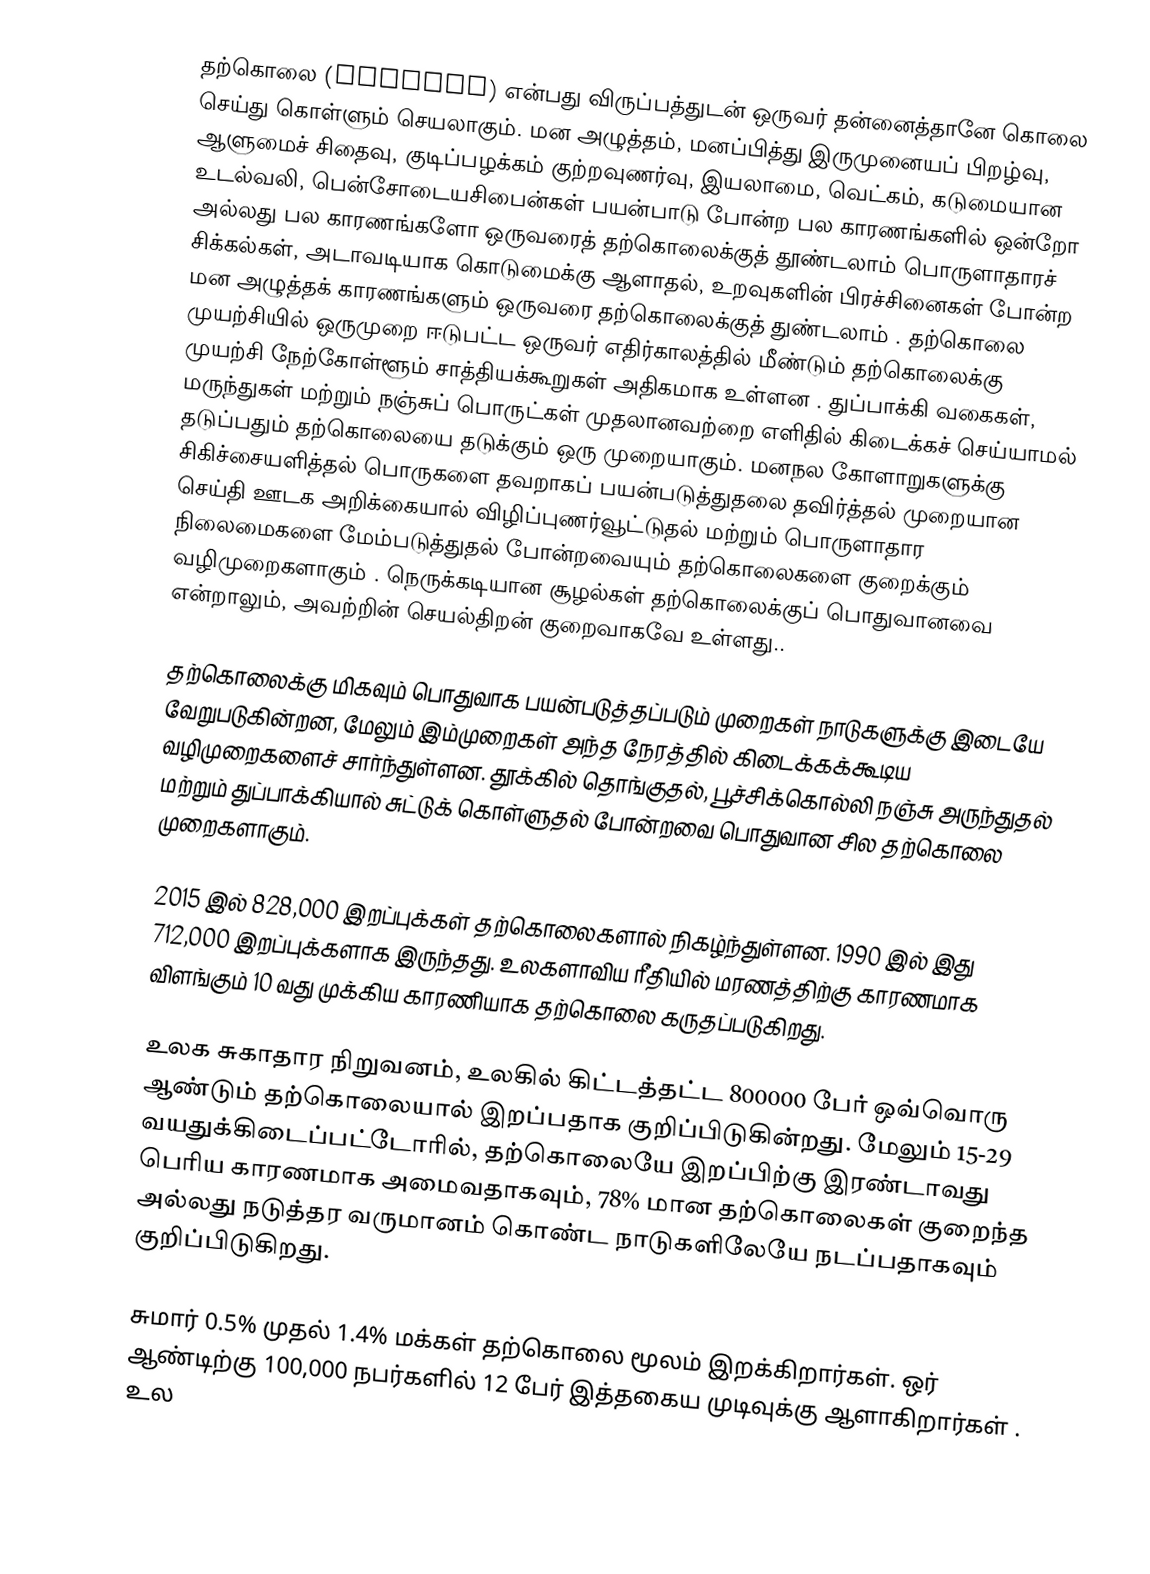
தற்கொலை (suicide) என்பது விருப்பத்துடன் ஒருவர் தன்னைத்தானே கொலை செய்து கொள்ளும் செயலாகும். மன அழுத்தம், மனப்பித்து இருமுனையப் பிறழ்வு, ஆளுமைச் சிதைவு, குடிப்பழக்கம் குற்றவுணர்வு, இயலாமை, வெட்கம், கடுமையான உடல்வலி, பென்சோடையசிபைன்கள் பயன்பாடு போன்ற பல காரணங்களில் ஒன்றோ அல்லது பல காரணங்களோ ஒருவரைத் தற்கொலைக்குத் தூண்டலாம்  பொருளாதாரச் சிக்கல்கள், அடாவடியாக கொடுமைக்கு ஆளாதல், உறவுகளின் பிரச்சினைகள் போன்ற மன அழுத்தக் காரணங்களும் ஒருவரை தற்கொலைக்குத் துண்டலாம் . தற்கொலை முயற்சியில் ஒருமுறை ஈடுபட்ட ஒருவர் எதிர்காலத்தில் மீண்டும் தற்கொலைக்கு  முயற்சி நேற்கோள்ளூம் சாத்தியக்கூறுகள் அதிகமாக உள்ளன .  துப்பாக்கி வகைகள், மருந்துகள் மற்றும் நஞ்சுப் பொருட்கள் முதலானவற்றை எளிதில் கிடைக்கச் செய்யாமல் தடுப்பதும் தற்கொலையை தடுக்கும் ஒரு முறையாகும். மனநல கோளாறுகளுக்கு சிகிச்சையளித்தல்  பொருகளை தவறாகப் பயன்படுத்துதலை தவிர்த்தல் முறையான செய்தி ஊடக அறிக்கையால் விழிப்புணர்வூட்டுதல் மற்றும் பொருளாதார நிலைமைகளை மேம்படுத்துதல் போன்றவையும்  தற்கொலைகளை குறைக்கும் வழிமுறைகளாகும் . நெருக்கடியான சூழல்கள் தற்கொலைக்குப்  பொதுவானவை என்றாலும், அவற்றின் செயல்திறன் குறைவாகவே உள்ளது..

தற்கொலைக்கு மிகவும் பொதுவாக பயன்படுத்தப்படும் முறைகள் நாடுகளுக்கு இடையே வேறுபடுகின்றன, மேலும் இம்முறைகள் அந்த நேரத்தில் கிடைக்கக்கூடிய வழிமுறைகளைச் சார்ந்துள்ளன. தூக்கில் தொங்குதல், பூச்சிக்கொல்லி நஞ்சு அருந்துதல் மற்றும் துப்பாக்கியால் சுட்டுக் கொள்ளுதல் போன்றவை பொதுவான சில தற்கொலை முறைகளாகும்.

2015 இல் 828,000 இறப்புக்கள் தற்கொலைகளால் நிகழ்ந்துள்ளன. 1990 இல் இது 712,000 இறப்புக்களாக இருந்தது. உலகளாவிய ரீதியில் மரணத்திற்கு  காரணமாக விளங்கும் 10 வது முக்கிய காரணியாக தற்கொலை கருதப்படுகிறது.

உலக சுகாதார நிறுவனம், உலகில் கிட்டத்தட்ட 800000 பேர் ஒவ்வொரு ஆண்டும் தற்கொலையால் இறப்பதாக குறிப்பிடுகின்றது. மேலும் 15-29 வயதுக்கிடைப்பட்டோரில், தற்கொலையே இறப்பிற்கு இரண்டாவது பெரிய காரணமாக அமைவதாகவும், 78% மான தற்கொலைகள் குறைந்த அல்லது நடுத்தர வருமானம் கொண்ட நாடுகளிலேயே நடப்பதாகவும் குறிப்பிடுகிறது.

சுமார் 0.5% முதல் 1.4% மக்கள் தற்கொலை மூலம் இறக்கிறார்கள். ஒர் ஆண்டிற்கு 100,000 நபர்களில்  12 பேர் இத்தகைய முடிவுக்கு ஆளாகிறார்கள் . உல